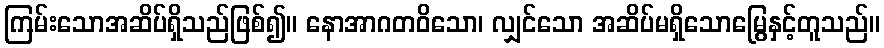
ကြမ်းသောအဆိပ်ရှိသည်ဖြစ်၍။ နောအာဂတဝိသော၊ လျှင်သော အဆိပ်မရှိသောမြွေနှင့်တူသည်။